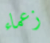
زعماء